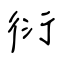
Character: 衍